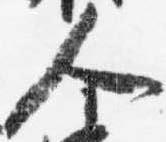
人